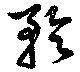
矝